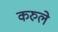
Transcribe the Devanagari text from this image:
करुले